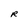
Character: R